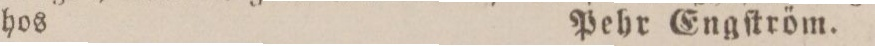
Pehr Engſtröm.